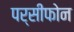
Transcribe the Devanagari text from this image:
पर्सीफोन